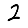
Digit: 2